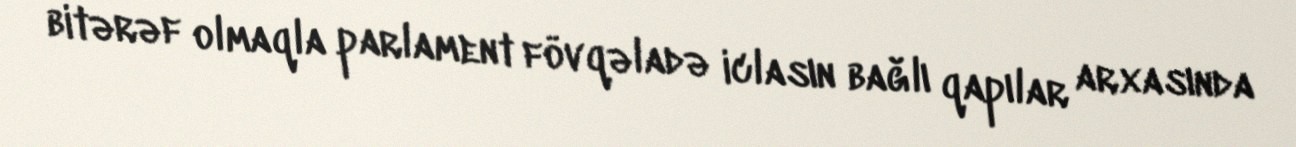
bitərəf olmaqla parlament fövqəladə iclasın bağlı qapılar arxasında